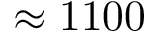
\approx 1 1 0 0